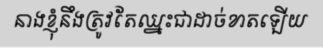
នាងខ្ញុំនឹងត្រូវតែឈ្នះជាដាច់ខាតឡើយ